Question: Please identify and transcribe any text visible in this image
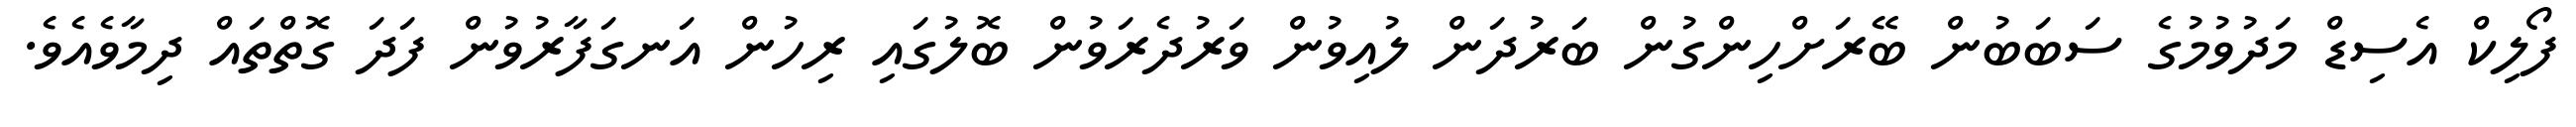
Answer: ފޯލިކް އެސިޑް މަދުވުމުގެ ސަބަބުން ބޭރަށްހިންގުން ބަރުދަން ލުއިވުން ވަރުދެރަވުން ބޮލުގައި ރިހުން އަނގަފާރުވުން ފަދަ ގޮތްތައް ދިމާވެއެވެ.